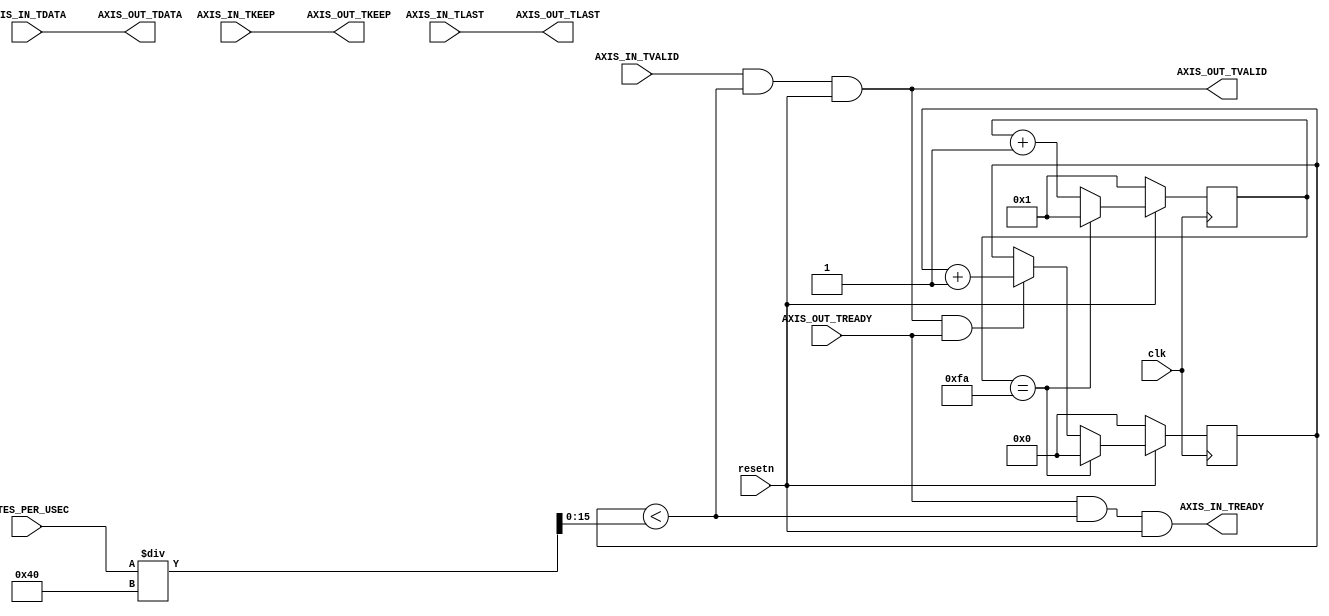
//====================================================================================
//                        ------->  Revision History  <------
//====================================================================================
//
//   Date     Who   Ver  Changes
//====================================================================================
// 04-Dec-23  DWW     1  Initial creation
//====================================================================================

/*
    Ensures that the number of data-transfers per microsecond doesn't exceed
    the configured limit
*/


module rate_limiter #
(
    parameter DW = 512, 
    parameter CLOCKS_PER_USEC = 250  
)
(
    input clk, resetn,

    //=========================   The input stream   ===========================
    input [DW-1:0]     AXIS_IN_TDATA,
    input [(DW/8)-1:0] AXIS_IN_TKEEP, 
    input              AXIS_IN_TLAST,
    input              AXIS_IN_TVALID,
    output             AXIS_IN_TREADY,
    //==========================================================================


    //=========================   The output stream   ==========================
    output [DW-1:0]     AXIS_OUT_TDATA,
    output [(DW/8)-1:0] AXIS_OUT_TKEEP, 
    output              AXIS_OUT_TLAST,
    output              AXIS_OUT_TVALID,
    input               AXIS_OUT_TREADY,
    //==========================================================================

    // Rate limit in bytes-per-microsecond.  Should be divisible by (DW/8)
    input [31:0]        BYTES_PER_USEC
);

// Define the number of data-cycle-transfers allowed per microsecond
wire[15:0] max_xfers_per_usec = BYTES_PER_USEC / (DW/8);

// Clock-cycle number, cycles continuously from 1 to CLOCKS_PER_USEC
reg [15:0] cycle_count;

// Incremented on every cycle in which a data-transfer handshake occurs
reg [15:0] xfer_count;

// We will pass data thru until we hit our limit in this microsecond
wire pass_thru = (xfer_count < max_xfers_per_usec);

always @(posedge clk) begin
    if (resetn == 0) begin
        cycle_count <= 1;
        xfer_count  <= 0;
    end else begin

        // Count the number of data-transfers during this microsecond
        if (AXIS_OUT_TVALID & AXIS_OUT_TREADY) xfer_count <= xfer_count + 1;

        // Have we reached the end of the current microsecond?
        if (cycle_count == CLOCKS_PER_USEC) begin
            cycle_count <= 1;
            xfer_count  <= 0;
        end        
        
        // If we haven't, then keep counting
        else cycle_count <= cycle_count + 1;

    end
end

assign AXIS_OUT_TDATA  = AXIS_IN_TDATA;
assign AXIS_OUT_TKEEP  = AXIS_IN_TKEEP;
assign AXIS_OUT_TLAST  = AXIS_IN_TLAST;
assign AXIS_OUT_TVALID = AXIS_IN_TVALID  & pass_thru & (resetn == 1);
assign AXIS_IN_TREADY  = AXIS_OUT_TREADY & pass_thru & (resetn == 1);

endmodule